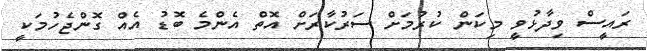
ރައީސް ވިދާޅުވީ މިކަން ކުރުމަށް ސަރުކާރަށް އޮތް އެންމެ ބޮޑު އެއް ގޮންޖެހުމަކީ